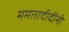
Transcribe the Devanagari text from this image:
ममतादीदींनी